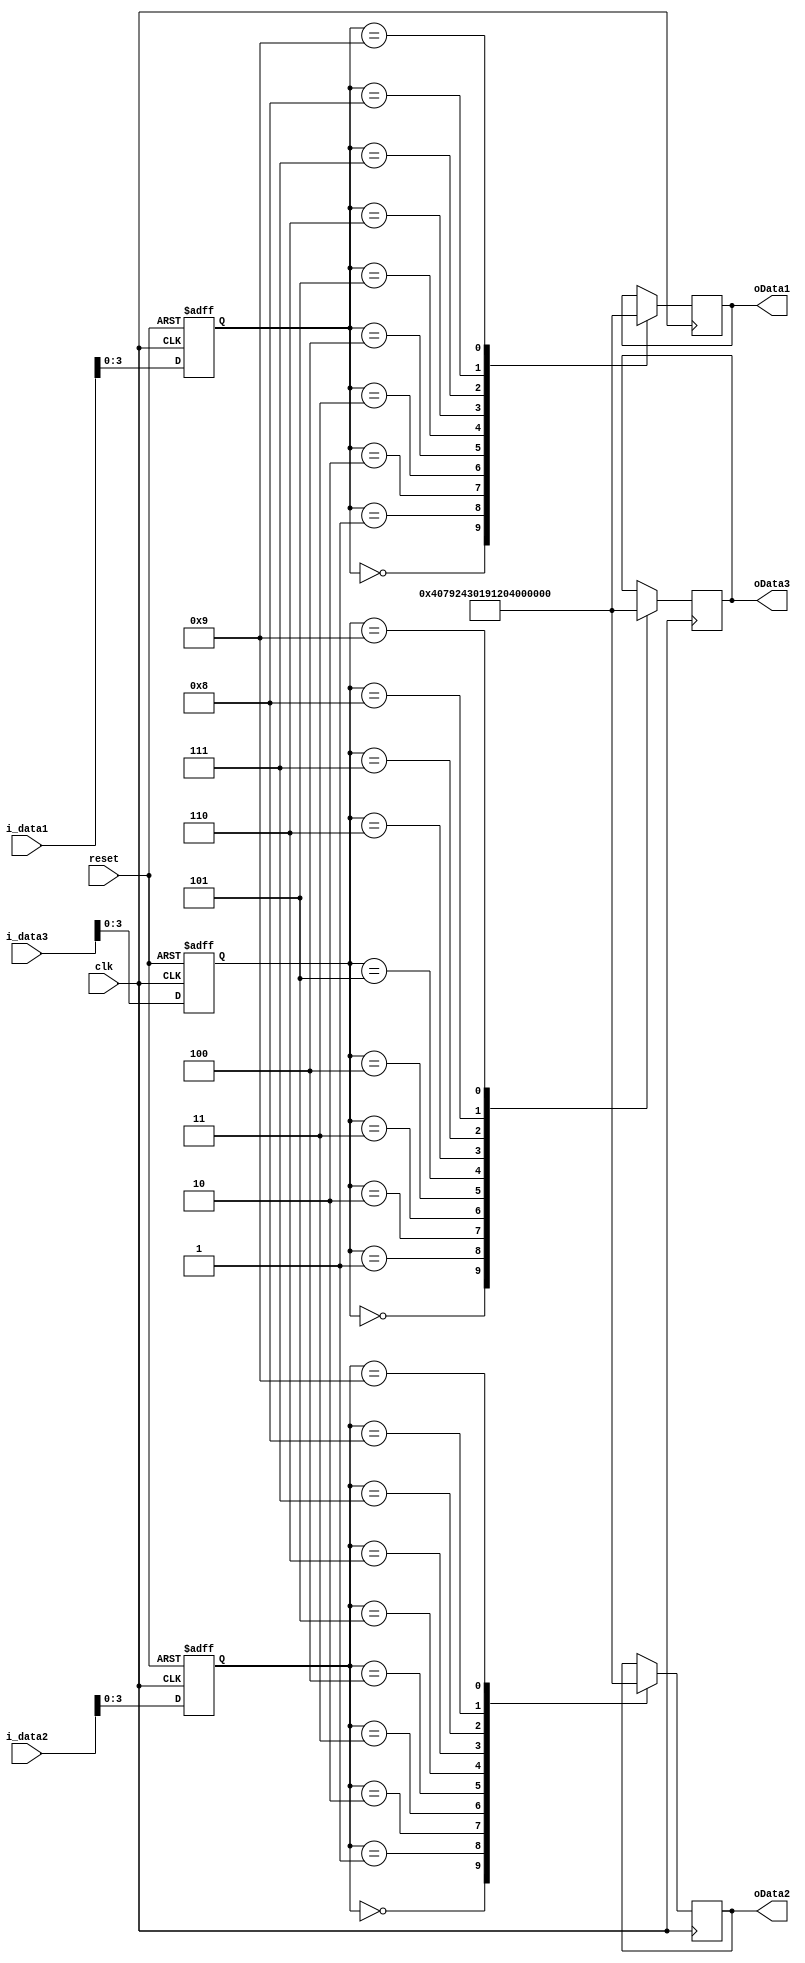
`timescale 1ns / 1ns

module seg7x16(
    input clk,
	input reset,
	input [31:0] i_data1,
	input [31:0] i_data2,
	input [31:0] i_data3,
	output reg [7:0] oData1,
	output reg [7:0] oData2,
	output reg [7:0] oData3
    );
    reg [31:0] data1;
    reg [31:0] data2;
    reg [31:0] data3;
    always @(posedge clk, posedge reset)
    begin
        if(reset)
        begin
            data1<=32'h0;
            data2<=32'h0;
            data3<=32'h0;
        end
        else
        begin
            data1<=i_data1;
            data2<=i_data2;
            data3<=i_data3;
        end
    end
    
       always @(posedge clk)
            case(data1[3:0])
            4'b0000:oData1=7'b1000000;
            4'b0001:oData1=7'b1111001;
            4'b0010:oData1=7'b0100100;
            4'b0011:oData1=7'b0110000;
            4'b0100:oData1=7'b0011001;
            4'b0101:oData1=7'b0010010;
            4'b0110:oData1=7'b0000010;
            4'b0111:oData1=7'b1111000;
            4'b1000:oData1=7'b0000000;
            4'b1001:oData1=7'b0010000;
            endcase
        
        always @(posedge clk)
        case(data2[3:0])
        4'b0000:oData2=7'b1000000;
        4'b0001:oData2=7'b1111001;
        4'b0010:oData2=7'b0100100;
        4'b0011:oData2=7'b0110000;
        4'b0100:oData2=7'b0011001;
        4'b0101:oData2=7'b0010010;
        4'b0110:oData2=7'b0000010;
        4'b0111:oData2=7'b1111000;
        4'b1000:oData2=7'b0000000;
        4'b1001:oData2=7'b0010000;
        endcase
        
        always @(posedge clk)
        case(data3[3:0])
        4'b0000:oData3=7'b1000000;
        4'b0001:oData3=7'b1111001;
        4'b0010:oData3=7'b0100100;
        4'b0011:oData3=7'b0110000;
        4'b0100:oData3=7'b0011001;
        4'b0101:oData3=7'b0010010;
        4'b0110:oData3=7'b0000010;
        4'b0111:oData3=7'b1111000;
        4'b1000:oData3=7'b0000000;
        4'b1001:oData3=7'b0010000;
        endcase
            
endmodule